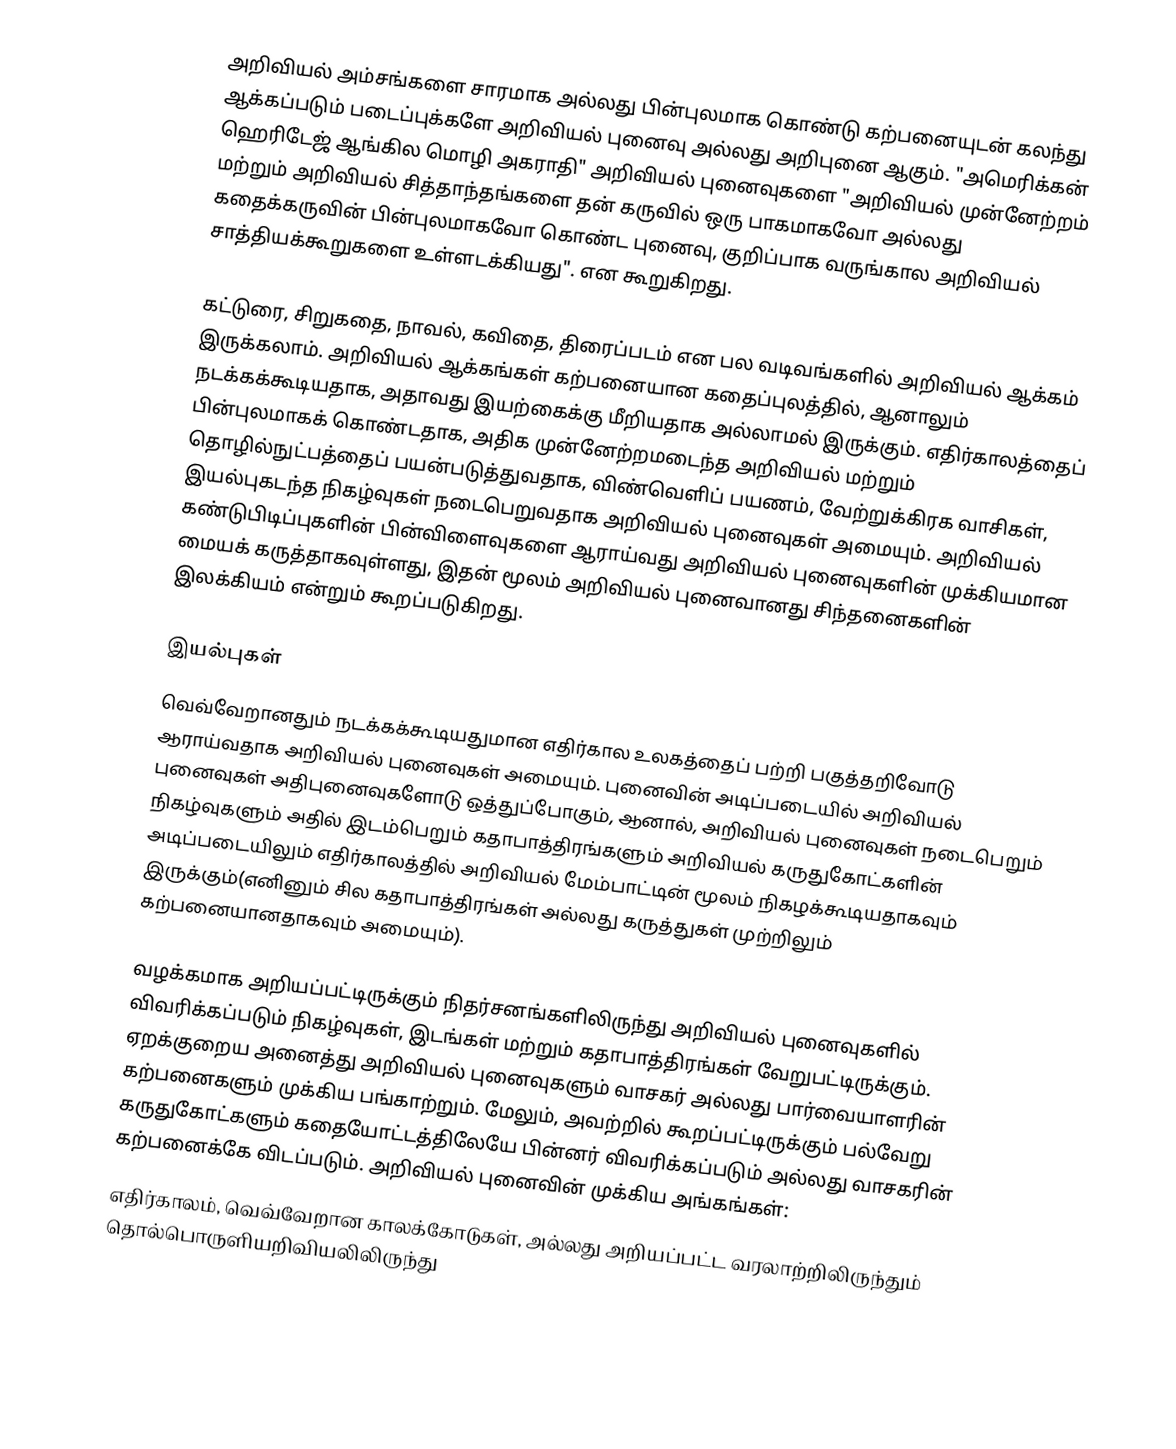
அறிவியல் அம்சங்களை சாரமாக அல்லது பின்புலமாக கொண்டு கற்பனையுடன் கலந்து ஆக்கப்படும் படைப்புக்களே அறிவியல் புனைவு அல்லது அறிபுனை ஆகும். "அமெரிக்கன் ஹெரிடேஜ் ஆங்கில மொழி அகராதி" அறிவியல் புனைவுகளை "அறிவியல் முன்னேற்றம் மற்றும் அறிவியல் சித்தாந்தங்களை தன் கருவில் ஒரு பாகமாகவோ அல்லது கதைக்கருவின் பின்புலமாகவோ கொண்ட புனைவு, குறிப்பாக வருங்கால அறிவியல் சாத்தியக்கூறுகளை உள்ளடக்கியது". என கூறுகிறது.

கட்டுரை, சிறுகதை, நாவல், கவிதை, திரைப்படம் என பல வடிவங்களில் அறிவியல் ஆக்கம் இருக்கலாம்.  அறிவியல் ஆக்கங்கள் கற்பனையான கதைப்புலத்தில், ஆனாலும் நடக்கக்கூடியதாக, அதாவது இயற்கைக்கு மீறியதாக அல்லாமல் இருக்கும்.  எதிர்காலத்தைப் பின்புலமாகக் கொண்டதாக, அதிக முன்னேற்றமடைந்த அறிவியல் மற்றும் தொழில்நுட்பத்தைப் பயன்படுத்துவதாக, விண்வெளிப் பயணம், வேற்றுக்கிரக வாசிகள், இயல்புகடந்த நிகழ்வுகள் நடைபெறுவதாக அறிவியல் புனைவுகள் அமையும்.  அறிவியல் கண்டுபிடிப்புகளின் பின்விளைவுகளை ஆராய்வது அறிவியல் புனைவுகளின் முக்கியமான மையக் கருத்தாகவுள்ளது, இதன் மூலம் அறிவியல் புனைவானது சிந்தனைகளின் இலக்கியம் என்றும் கூறப்படுகிறது.

இயல்புகள்
வெவ்வேறானதும் நடக்கக்கூடியதுமான எதிர்கால உலகத்தைப் பற்றி பகுத்தறிவோடு ஆராய்வதாக அறிவியல் புனைவுகள் அமையும்.  புனைவின் அடிப்படையில் அறிவியல் புனைவுகள் அதிபுனைவுகளோடு ஒத்துப்போகும், ஆனால், அறிவியல் புனைவுகள் நடைபெறும் நிகழ்வுகளும் அதில் இடம்பெறும் கதாபாத்திரங்களும் அறிவியல் கருதுகோட்களின் அடிப்படையிலும் எதிர்காலத்தில் அறிவியல் மேம்பாட்டின் மூலம் நிகழக்கூடியதாகவும் இருக்கும்(எனினும் சில கதாபாத்திரங்கள் அல்லது கருத்துகள் முற்றிலும் கற்பனையானதாகவும் அமையும்).

வழக்கமாக அறியப்பட்டிருக்கும் நிதர்சனங்களிலிருந்து அறிவியல் புனைவுகளில் விவரிக்கப்படும் நிகழ்வுகள், இடங்கள் மற்றும் கதாபாத்திரங்கள் வேறுபட்டிருக்கும்.  ஏறக்குறைய அனைத்து அறிவியல் புனைவுகளும் வாசகர் அல்லது பார்வையாளரின் கற்பனைகளும் முக்கிய பங்காற்றும்.  மேலும், அவற்றில் கூறப்பட்டிருக்கும் பல்வேறு கருதுகோட்களும் கதையோட்டத்திலேயே பின்னர் விவரிக்கப்படும் அல்லது வாசகரின் கற்பனைக்கே விடப்படும்.  அறிவியல் புனைவின் முக்கிய அங்கங்கள்:
 எதிர்காலம், வெவ்வேறான காலக்கோடுகள், அல்லது அறியப்பட்ட வரலாற்றிலிருந்தும் தொல்பொருளியறிவியலிலிருந்து